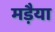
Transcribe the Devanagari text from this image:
मड़ैया